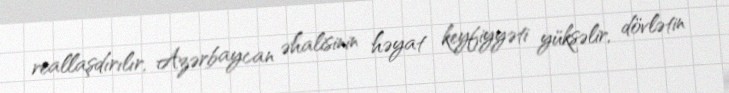
reallaşdırılır, Azərbaycan əhalisinin həyat keyfiyyəti yüksəlir, dövlətin